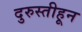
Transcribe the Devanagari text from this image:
दुरुस्तीहून